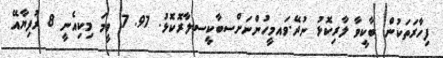
ފިހާރަތަކުން ބާކީވާ ލާރިކޮޅު ނުދޭ.ވައމީހުންނަށްސބާކީސލާރޮކޮޅު. 97. 7 ވީމަ މިކިއެނީ 8 ރުފިޔާއޭ